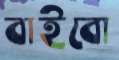
বাইবো